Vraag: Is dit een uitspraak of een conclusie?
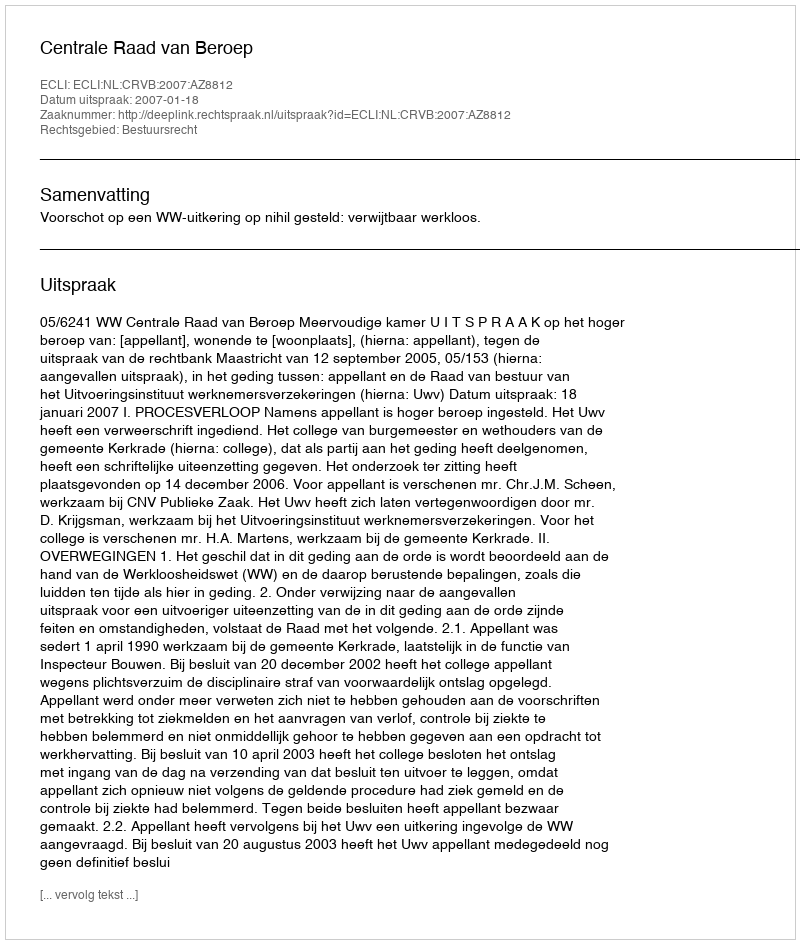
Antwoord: Uitspraak